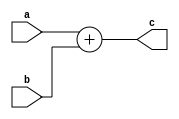
`timescale 1ns / 1ps
//////////////////////////////////////////////////////////////////////////////////
// Company: 
// Engineer: 
// 
// Design Name: 
// Module Name:    Adder 
// Project Name: 
// Target Devices: 
// Tool versions: 
// Description: 
//
// Dependencies: 
//
// Revision: 
// Revision 0.01 - File Created
// Additional Comments: 
//
//////////////////////////////////////////////////////////////////////////////////
module Adder(
		input [19:0] a,
		input [19:0] b,
		output reg [19:0] c
    );
	 
	 always@(*)
	 begin
	 c = a + b;
	 end


endmodule